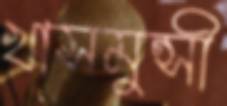
খাসমুন্সী